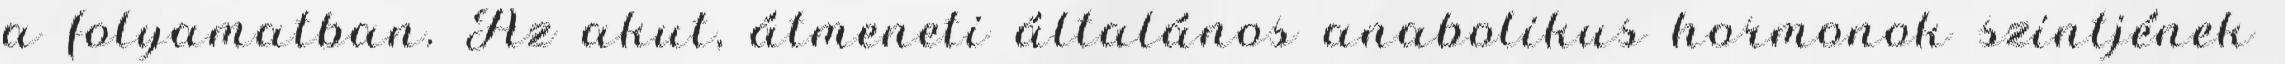
a folyamatban. Az akut, átmeneti általános anabolikus hormonok szintjének